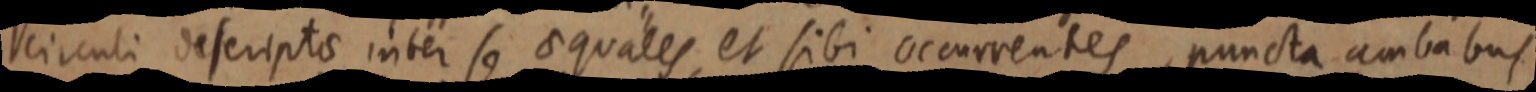
circuli descripto inter se aequales, et sibi occurrentes, puncta ambabus